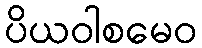
ပိယဝါစမေဝ